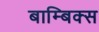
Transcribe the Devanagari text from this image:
बाम्बिक्स